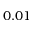
0 . 0 1